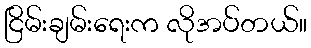
ငြိမ်းချမ်းရေးက လိုအပ်တယ်။